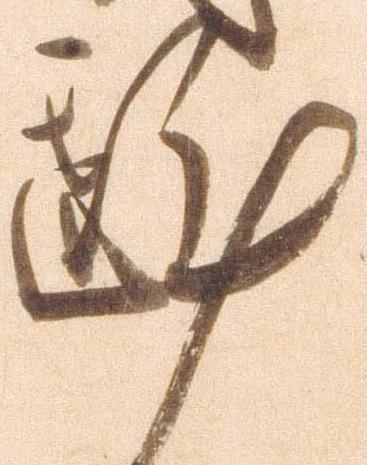
斟